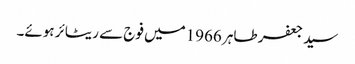
سید جعفر طاہر 1966میں فوج سے ریٹائر ہوئے۔